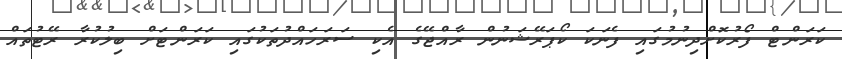
ކަރަންޓް ފޯރުކޮށްދިނުމުގައި ފެނަކަ ކޯޕަރޭޝަނުން ރާއްޖޭގެ އެކި ސަރަހައްދުތަކުގައި ކަރަންޓަށް ބިލުކުރާ ރޭޓުތައް